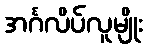
အင်္ဂလိပ်လူမျိုး